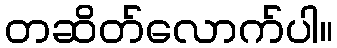
တဆိတ်လောက်ပါ။